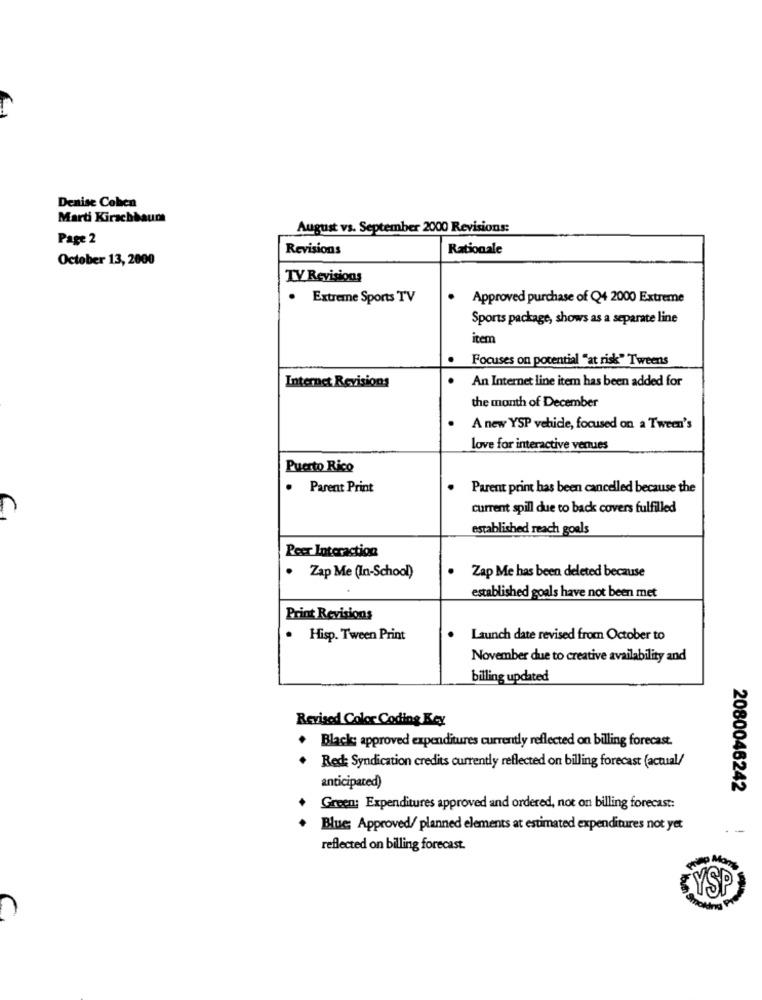
Denise Cohen
Marti Kirschbaum
August vs. September 2000 Revisions:
Page 2
Revisions
Rationale
October 13, 2000
TV Revisions
.
Extreme Sports TV
Approved purchase of Q4 2000 Extreme
Sports package, shows as a separate line
iten
Focuses on potential "at risk" Tweens
Internet Revisions
.
An Internet line item has been added for
the month of December
A new YSP vehicle, focused on a Tween's
love for interactive venues
Puerto Rico
.
Parent Print
.
Parent print has been cancelled because the
current spill due to back covers fulfilled
established reach goals
Peer Interaction
. Zap Me (In-School)
.
Zap Me has been deleted because
established goals have not been met
Print Revisions
. Hisp. Tween Print
.
Launch date revised from October to
November due to creative availability and
billing updated
Revised Color Coding Key
+ Black; approved expenditures currently reflected on billing forecast.
. Red: Syndication credits currently reflected on billing forecast (actual/
anticipated)
2080046242
Green: Expenditures approved and ordered, not on billing forecast:
Blue Approved/ planned elements at estimated expenditures not yet
reflected on billing forecast.
YSP